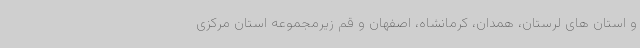
و استان های لرستان، همدان، کرمانشاه، اصفهان و قم زیرمجموعه استان مرکزی